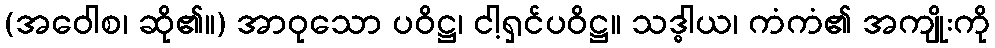
(အဝေါစ၊ ဆို၏။) အာဝုသော ပဝိဋ္ဌ၊ ငါ့ရှင်ပဝိဋ္ဌ။ သဒ္ဓါယ၊ ကံကံ၏ အကျိုးကို